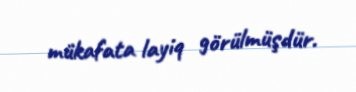
mükafata layiq görülmüşdür.